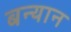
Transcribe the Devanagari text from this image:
बन्यान